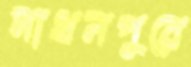
সাধনপুরে